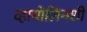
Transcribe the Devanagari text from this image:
व्हायोलिनशी